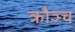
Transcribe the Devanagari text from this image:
क्रौञ्च